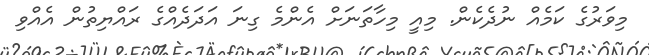
މިވަރުގެ ކަމެއް ނުދެކެން. މިއީ މިހާތަނަށް އެންމެ ގިނަ އަދަދެއްގެ ރައްޔިތުން އެއްވި